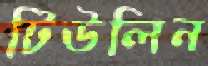
টিউলিন